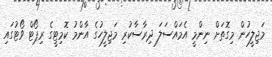
މަޖިލީހުން މިގޮތަށް ނިންމީ އެމައްސަލަ ދިރާސާކުރި މަޖިލީހުގެ އާންމު ކޮމިޓީގެ ރިޕޯޓް ވޯޓުގައި